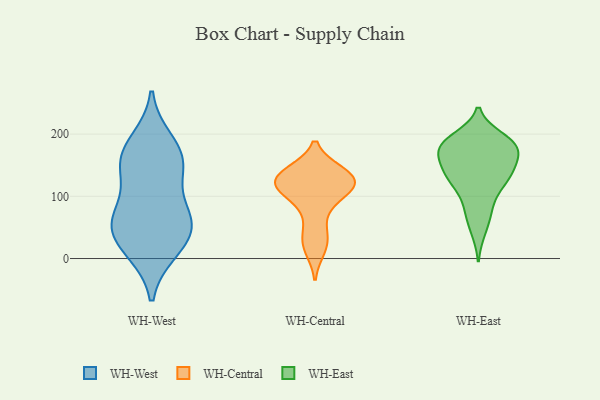
{"axis": {"x": "Website Visitors", "y": "Value"}, "legend": ["WH-Central", "WH-East", "WH-West"], "data": [{"x": "", "y": 15, "type": "WH-West"}, {"x": "", "y": 53, "type": "WH-West"}, {"x": "", "y": 47, "type": "WH-West"}, {"x": "", "y": 141, "type": "WH-West"}, {"x": "", "y": 166, "type": "WH-West"}, {"x": "", "y": 13, "type": "WH-West"}, {"x": "", "y": 79, "type": "WH-West"}, {"x": "", "y": 141, "type": "WH-West"}, {"x": "", "y": 63, "type": "WH-West"}, {"x": "", "y": 165, "type": "WH-West"}, {"x": "", "y": 188, "type": "WH-West"}, {"x": "", "y": 57, "type": "WH-West"}, {"x": "", "y": 24, "type": "WH-Central"}, {"x": "", "y": 138, "type": "WH-Central"}, {"x": "", "y": 124, "type": "WH-Central"}, {"x": "", "y": 134, "type": "WH-Central"}, {"x": "", "y": 120, "type": "WH-Central"}, {"x": "", "y": 105, "type": "WH-Central"}, {"x": "", "y": 37, "type": "WH-Central"}, {"x": "", "y": 103, "type": "WH-Central"}, {"x": "", "y": 115, "type": "WH-Central"}, {"x": "", "y": 111, "type": "WH-Central"}, {"x": "", "y": 131, "type": "WH-Central"}, {"x": "", "y": 16, "type": "WH-Central"}, {"x": "", "y": 68, "type": "WH-Central"}, {"x": "", "y": 135, "type": "WH-Central"}, {"x": "", "y": 132, "type": "WH-Central"}, {"x": "", "y": 170, "type": "WH-East"}, {"x": "", "y": 136, "type": "WH-East"}, {"x": "", "y": 74, "type": "WH-East"}, {"x": "", "y": 109, "type": "WH-East"}, {"x": "", "y": 150, "type": "WH-East"}, {"x": "", "y": 186, "type": "WH-East"}, {"x": "", "y": 194, "type": "WH-East"}, {"x": "", "y": 191, "type": "WH-East"}, {"x": "", "y": 44, "type": "WH-East"}, {"x": "", "y": 146, "type": "WH-East"}, {"x": "", "y": 178, "type": "WH-East"}, {"x": "", "y": 79, "type": "WH-East"}, {"x": "", "y": 135, "type": "WH-East"}, {"x": "", "y": 177, "type": "WH-East"}, {"x": "", "y": 127, "type": "WH-East"}, {"x": "", "y": 182, "type": "WH-East"}, {"x": "", "y": 123, "type": "WH-East"}, {"x": "", "y": 170, "type": "WH-East"}]}